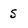
Character: 5